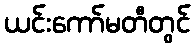
ယင်းကော်မတီတွင်